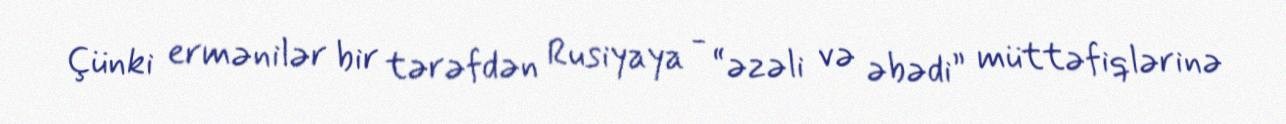
Çünki ermənilər bir tərəfdən Rusiyaya - “əzəli və əbədi” müttəfiqlərinə